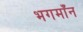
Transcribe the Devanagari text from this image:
भगमाँन